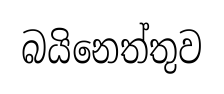
බයිනෙත්තුව